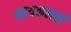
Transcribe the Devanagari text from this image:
मायकलर्स